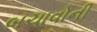
બચાવોની